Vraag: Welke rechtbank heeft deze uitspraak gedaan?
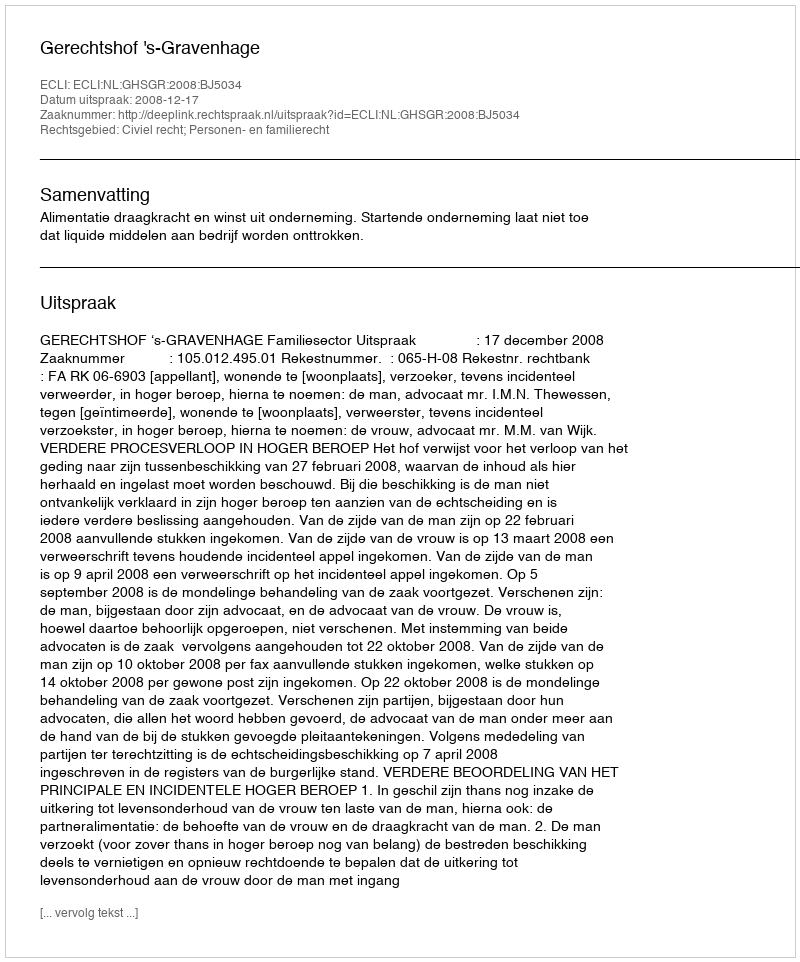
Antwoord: Gerechtshof 's-Gravenhage